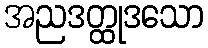
အညဒတ္ထုဒသော